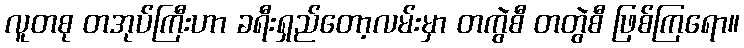
လူတစု တအုပ်ကြီးဟာ ခရီးရှည်တော့လမ်းမှာ တကွဲစီ တတွဲစီ ဖြစ်ကြရော။